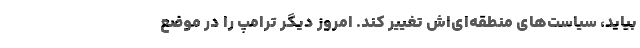
بیاید، سیاست‌های منطقه‌ای‌اش تغییر کند. امروز دیگر ترامپ را در موضع